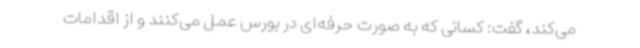
می‌کند، گفت: کسانی که به صورت حرفه‌ای در بورس عمل می‌کنند و از اقدامات